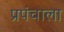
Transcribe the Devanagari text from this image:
प्रपंचाला